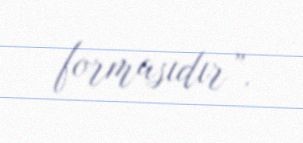
formasıdır”.